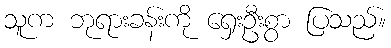
သူက ဘုရားခန်းကို ရှေးဦးစွာ ပြသည်။